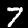
Digit: 7